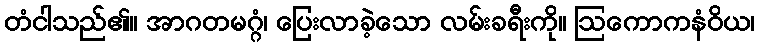
တံငါသည်၏။ အာဂတမဂ္ဂံ၊ ပြေးလာခဲ့သော လမ်းခရီးကို။ ဩကောကနံဝိယ၊